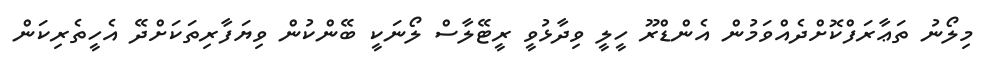
މިލޯނު ތަޢާރަފްކޮށްދެއްވަމުން އެންޑްރޫ ހީލީ ވިދާޅުވީ ރީޓޭލާސް ލޯނަކީ ބޭންކުން ވިޔަފާރިތަކަށްދޭ އެހީތެރިކަން